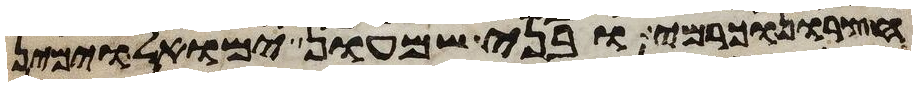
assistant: חצרון וכרמי ובני שמעון ימואל וימין